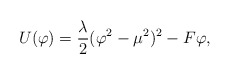
\begin{align*}U(\varphi) = { \lambda \over 2}(\varphi^2 - \mu^2)^2 - F \varphi ,\end{align*}